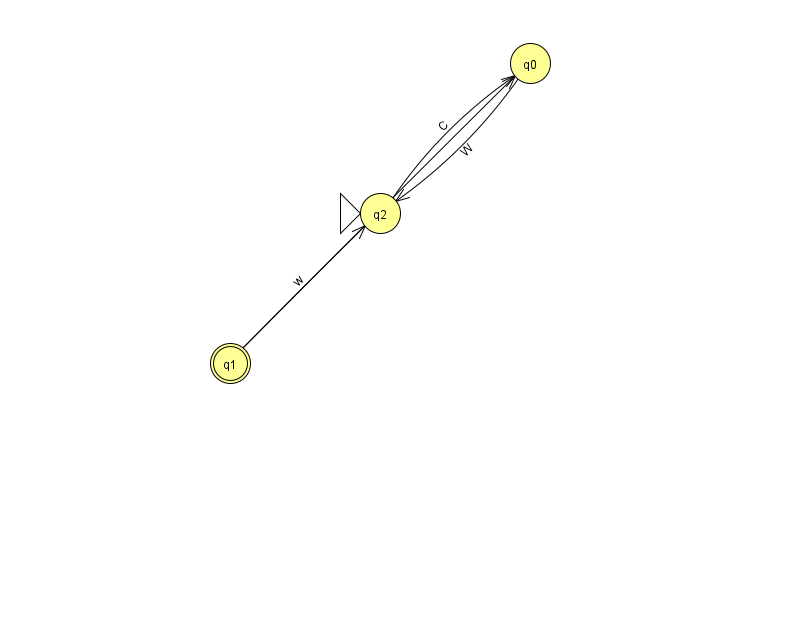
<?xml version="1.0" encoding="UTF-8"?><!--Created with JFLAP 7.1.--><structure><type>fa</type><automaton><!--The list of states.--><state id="0" name="q0"><x>530.0</x><y>50.0</y></state><state id="1" name="q1"><x>230.0</x><y>350.0</y><final/></state><state id="2" name="q2"><x>380.0</x><y>200.0</y><initial/></state><!--The list of transitions.--><transition><from>1</from><to>2</to><read>w</read></transition><transition><from>0</from><to>2</to><read>W</read></transition><transition><from>1</from><to>0</to><read>i</read></transition><transition><from>2</from><to>0</to><read>C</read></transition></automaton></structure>